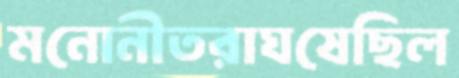
মনোনীতরাঘষেছিল